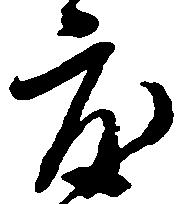
度